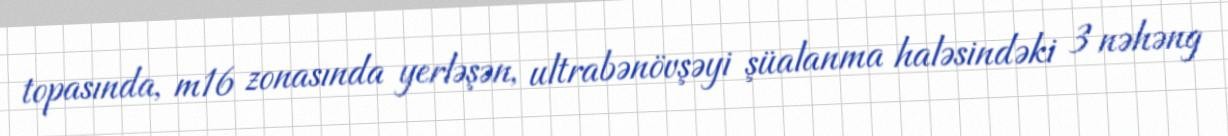
topasında, m16 zonasında yerləşən, ultrabənövşəyi şüalanma haləsindəki 3 nəhəng